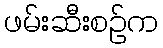
ဖမ်းဆီးစဉ်က